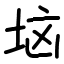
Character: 垴